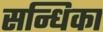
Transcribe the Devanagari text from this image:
सन्धिका